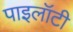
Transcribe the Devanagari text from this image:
पाइलॉटी